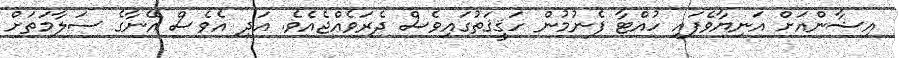
އިޝާންއަށް އަނިޔާވެފައި ހުއްޓާ ފެނުމުން ހަޤީޤަތުގައިވެސް ދެރަވެއްޖެއެވެ. އަދި އެވެސް އޭނާގެ ސަލާމަތަށް